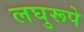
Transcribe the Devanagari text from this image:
लघुरूपे